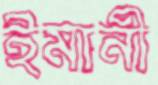
ইমানী